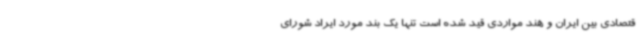
قتصادی بین ایران و هند مواردی قید شده است تنها یک بند مورد ایراد شورای